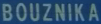
BOUZNIKÀ